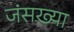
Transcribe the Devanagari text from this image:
जंसख्या